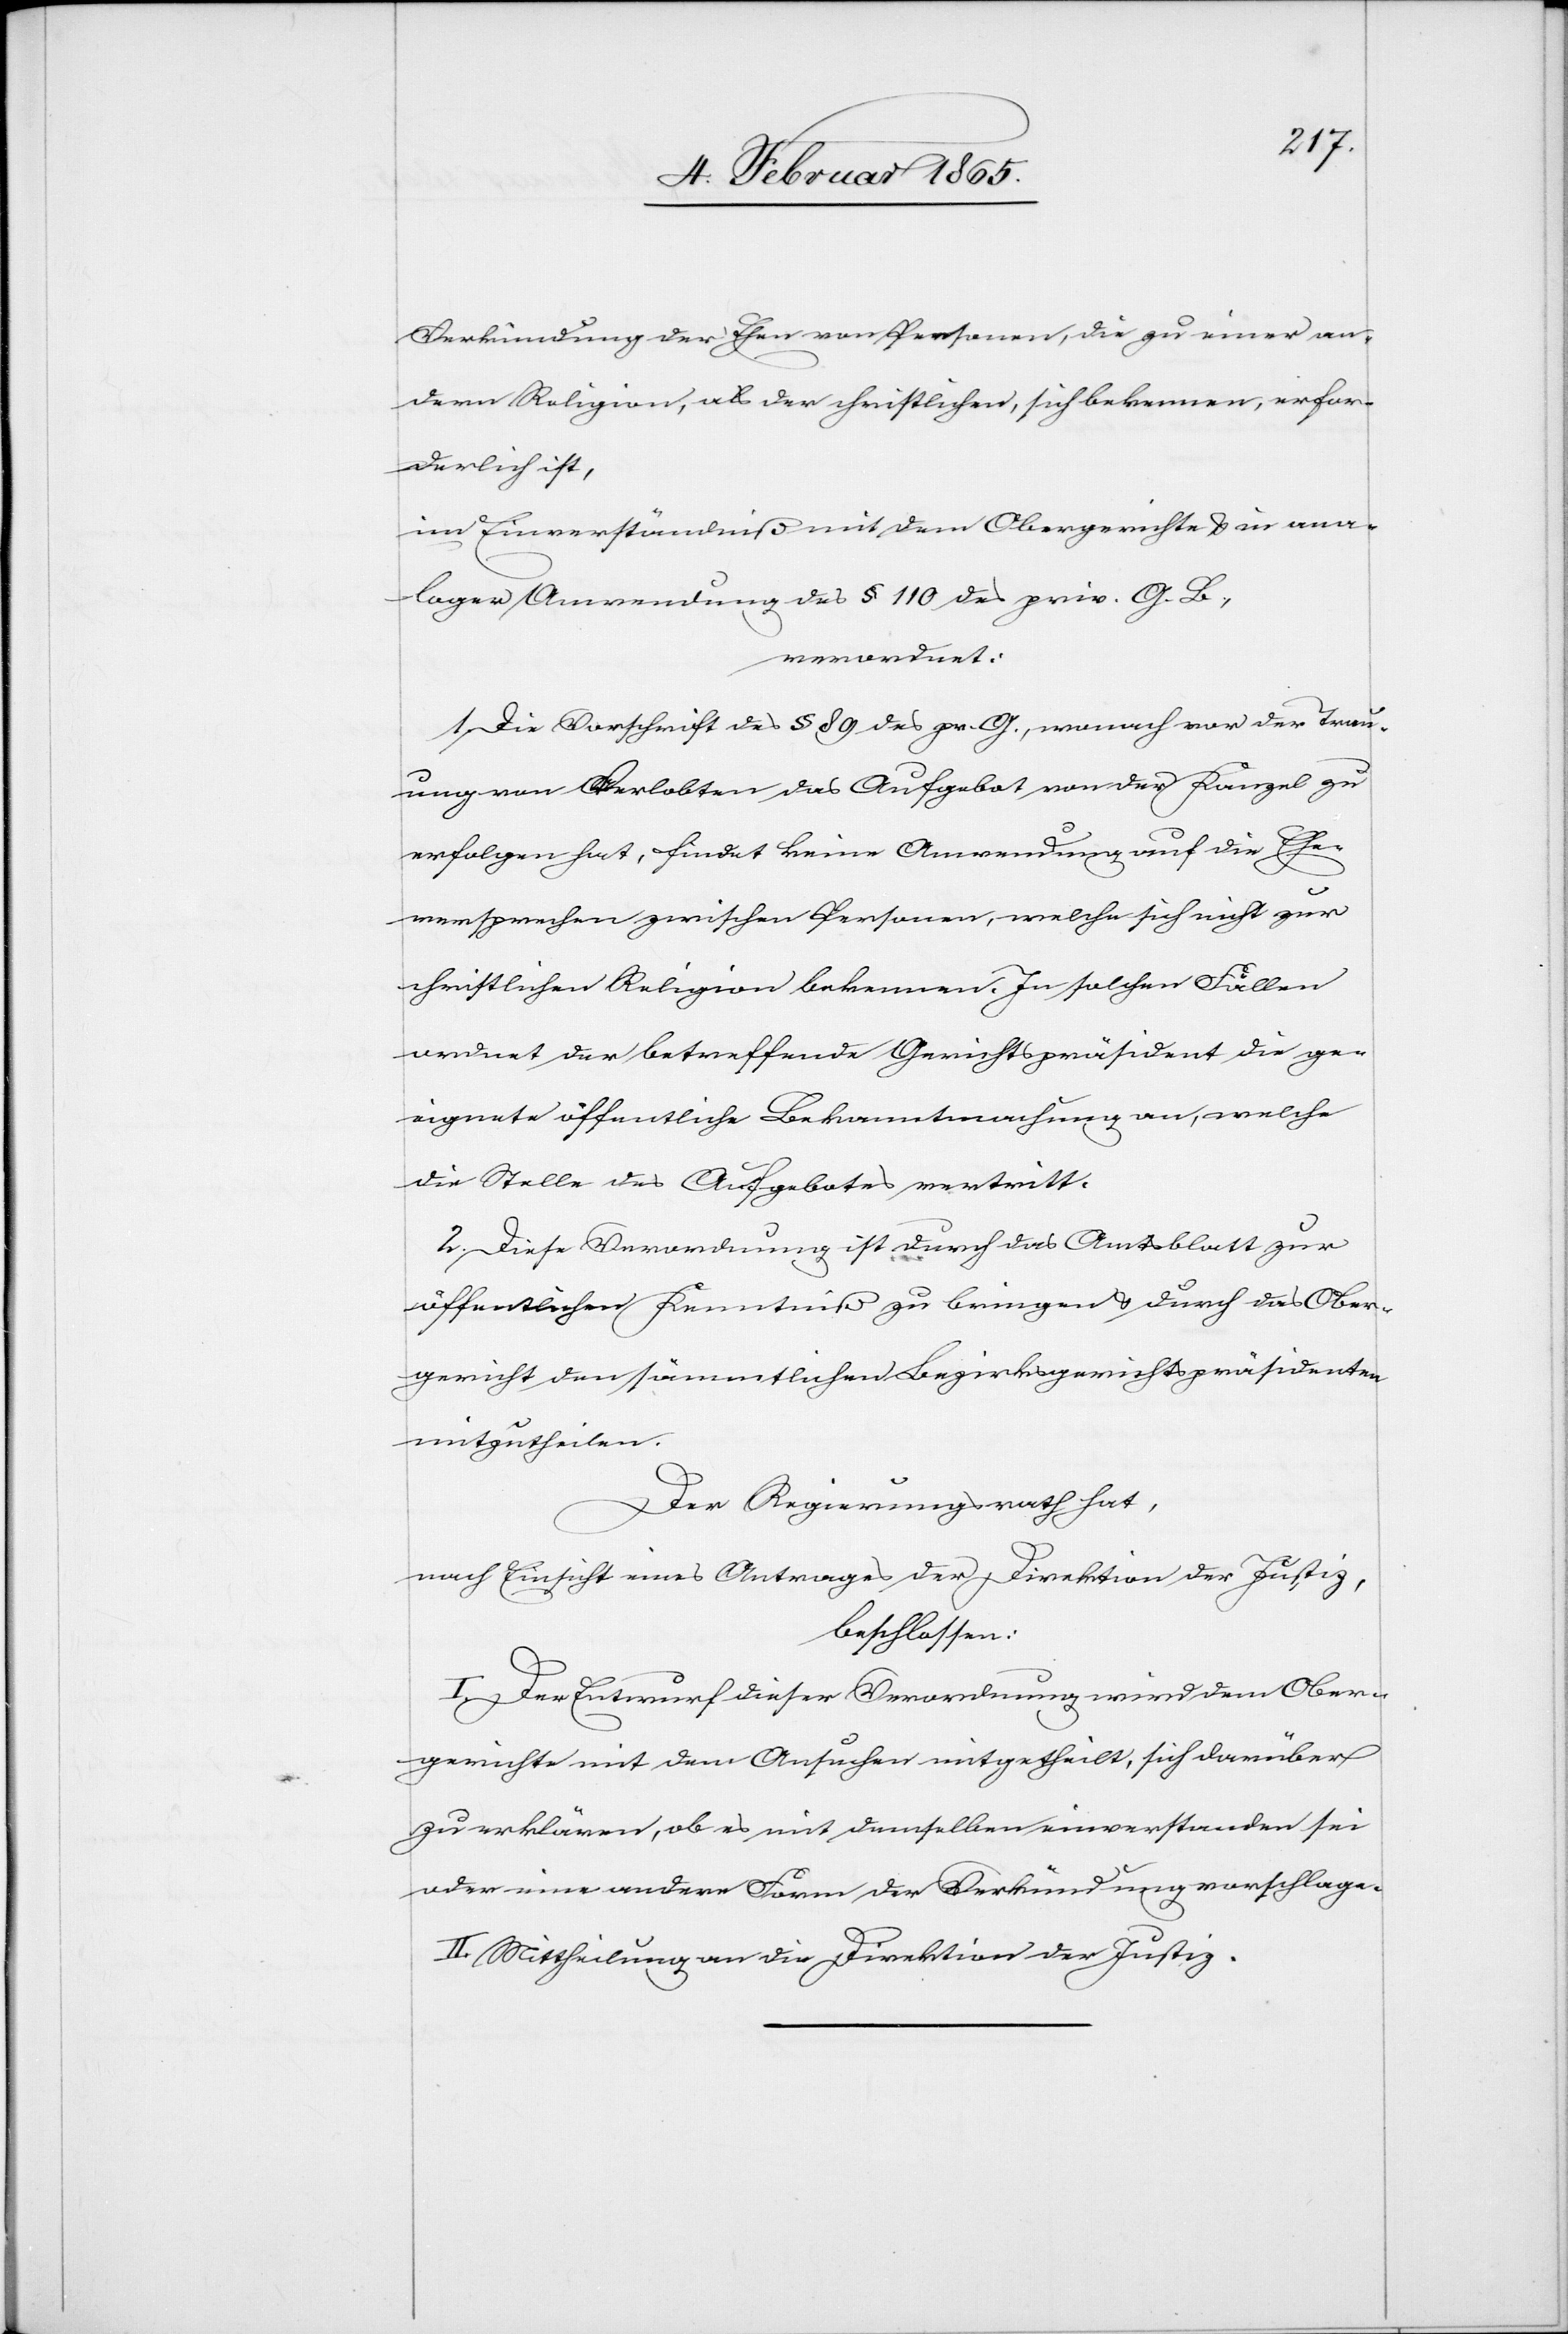
Verkündung der Ehen von Personen, die zu einer an¬
dern Religion, als der christlichen, sich bekennen, erfor¬
derlich ist,
im Einverständniß mit dem Obergerichte u. in ana¬
loger Anwendung des § 110 des priv. G. B.,
verordnet:
1. Die Vorschrift des § 89 des pr. G., wonach vor der Trau¬
ung von Verlobten das Aufgebot von der Kanzel zu
erfolgen hat, findet keine Anwendung auf die Ehe¬
versprechen zwischen Personen, welche sich nicht zur
christlichen Religion bekennen. In solchen Fällen
ordnet der betreffende Gerichtspräsident die ge¬
eignete öffentliche Bekanntmachung an, welche
die Stelle des Aufgebotes vertritt.
2. Diese Verordnung ist durch das Amtsblatt zur
öffentlichen Kenntniß zu bringen u. durch das Ober¬
gericht den sämmtlichen Bezirksgerichtspräsidenten
mitzutheilen.
Der Regierungsrath hat,
nach Einsicht eines Antrages der Direktion der Justiz,
beschlossen:
I. Der Entwurf dieser Verordnung wird dem Ober¬
gerichte mit dem Ansuchen mitgetheilt, sich darüber
zu erklären, ob es mit demselben einverstanden sei
oder eine andere Form der Verkündung vorschlage.
II. Mittheilung an die Direktion der Justiz.